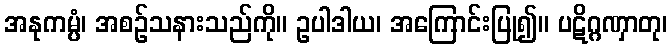
အနုကမ္ပံ၊ အစဉ်သနားသည်ကို။ ဥပါဒါယ၊ အကြောင်းပြု၍။ ပဋိဂ္ဂဏှာတု၊